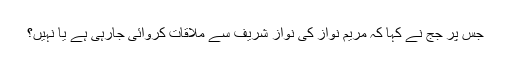
جس پر جج نے کہا کہ مریم نواز کی نواز شریف سے ملاقات کروائی جارہی ہے یا نہیں؟